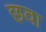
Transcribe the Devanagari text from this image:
छवा